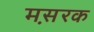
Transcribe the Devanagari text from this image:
मस़रक